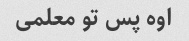
اوه پس تو معلمی